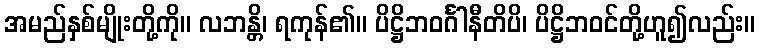
အမည်နှစ်မျိုးတို့ကို။ လဘန္တိ၊ ရကုန်၏။ ပိဋ္ဌိဘဝင်္ဂါနီတိပိ၊ ပိဋ္ဌိဘဝင်တို့ဟူ၍လည်း။